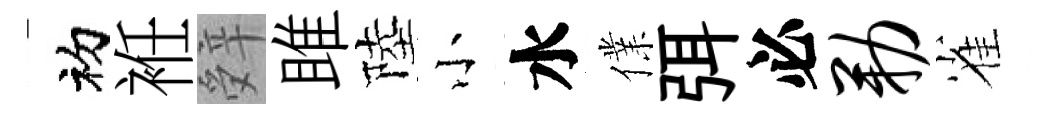
初袵辤雎陸小水㒒弭必勒雀